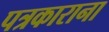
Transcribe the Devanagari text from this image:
पत्रकाराना